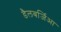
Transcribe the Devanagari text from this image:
डैलबर्जिआ